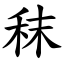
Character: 秣